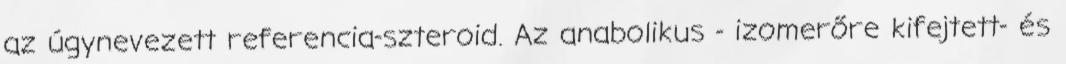
az úgynevezett referencia-szteroid. Az anabolikus - izomerőre kifejtett- és